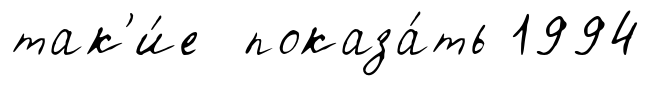
так'и́е показа́ть 1994